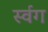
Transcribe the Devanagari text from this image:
र्स्वग